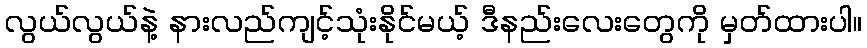
လွယ်လွယ်နဲ့ နားလည်ကျင့်သုံးနိုင်မယ့် ဒီနည်းလေးတွေကို မှတ်ထားပါ။